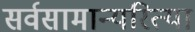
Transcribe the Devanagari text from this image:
सर्वसामान्यरित्या